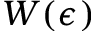
W ( \epsilon )